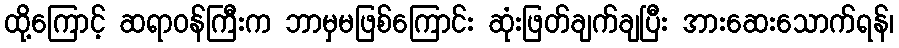
ထို့ကြောင့် ဆရာဝန်ကြီးက ဘာမှမဖြစ်ကြောင်း ဆုံးဖြတ်ချက်ချပြီး အားဆေးသောက်ရန်၊